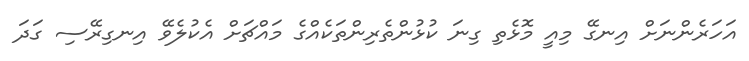
އަހަރެންނަށް އިނގޭ މިއީ މޮޅެތި ގިނަ ކުޅުންތެރިންތަކެއްގެ މައްޗަށް އެކުލެވޭ އިނގިރޭސި ގަދަ